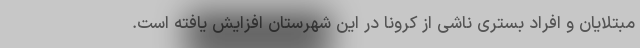
مبتلایان و افراد بستری ناشی از کرونا در این شهرستان افزایش یافته است.